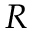
R